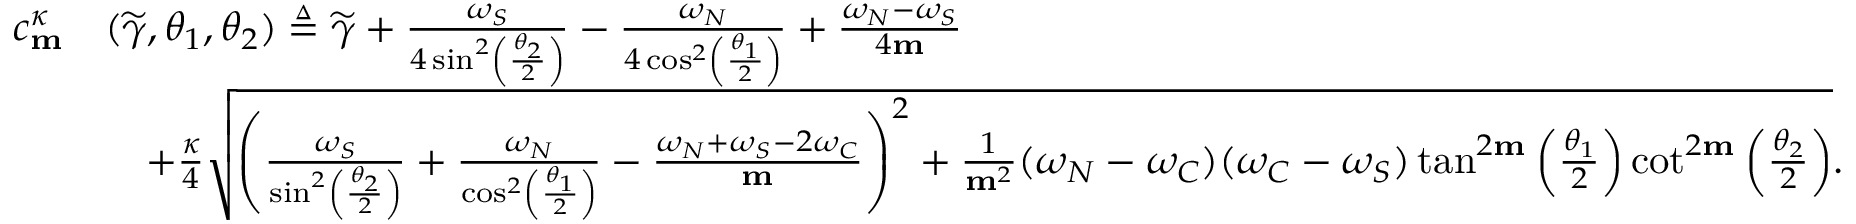
\begin{array} { r l } { c _ { \mathbf { m } } ^ { \kappa } } & { ( \widetilde { \gamma } , \theta _ { 1 } , \theta _ { 2 } ) \triangleq \widetilde { \gamma } + \frac { \omega _ { S } } { 4 \sin ^ { 2 } \left( \frac { \theta _ { 2 } } { 2 } \right) } - \frac { \omega _ { N } } { 4 \cos ^ { 2 } \left( \frac { \theta _ { 1 } } { 2 } \right) } + \frac { \omega _ { N } - \omega _ { S } } { 4 \mathbf { m } } } \\ & { \quad + \frac { \kappa } { 4 } \sqrt { \left( \frac { \omega _ { S } } { \sin ^ { 2 } \left( \frac { \theta _ { 2 } } { 2 } \right) } + \frac { \omega _ { N } } { \cos ^ { 2 } \left( \frac { \theta _ { 1 } } { 2 } \right) } - \frac { \omega _ { N } + \omega _ { S } - 2 \omega _ { C } } { \mathbf { m } } \right) ^ { 2 } + \frac { 1 } { \mathbf { m } ^ { 2 } } ( \omega _ { N } - \omega _ { C } ) ( \omega _ { C } - \omega _ { S } ) \tan ^ { 2 \mathbf { m } } \left( \frac { \theta _ { 1 } } { 2 } \right) \cot ^ { 2 \mathbf { m } } \left( \frac { \theta _ { 2 } } { 2 } \right) } . } \end{array}